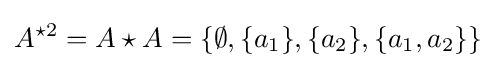
A^{\star 2}=A\star A=\{\emptyset ,\{a_{1}\},\{a_{2}\},\{a_{1},a_{2}\}\}